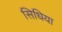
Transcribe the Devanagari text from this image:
सिधिया